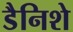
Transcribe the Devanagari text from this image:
डैनिशे